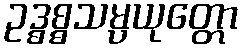
ဥဒ္ဓစ္စသမ္ပယုတ္တော